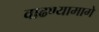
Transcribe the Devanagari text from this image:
वाढण्यामागे